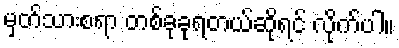
မှတ်သားစရာ တစ်ခုခုရတယ်ဆိုရင် လိုက်ပါ။